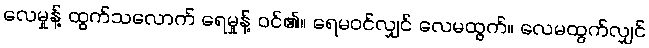
လေမှုန့် ထွက်သလောက် ရေမှုန့် ဝင်၏။ ရေမဝင်လျှင် လေမထွက်။ လေမထွက်လျှင်